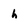
Character: h